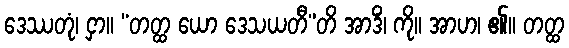
ဒေဿတုံ၊ ငှာ။ “တတ္ထ ယော ဒေသယတီ”တိ အာဒိံ၊ ကို။ အာဟ၊ ၏။ တတ္ထ